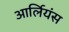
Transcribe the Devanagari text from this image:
आर्लियंस